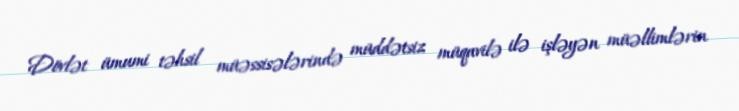
Dövlət ümumi təhsil müəssisələrində müddətsiz müqavilə ilə işləyən müəllimlərin